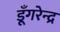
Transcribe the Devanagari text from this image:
डूँगरेन्द्र